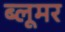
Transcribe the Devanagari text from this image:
ब्लूमर